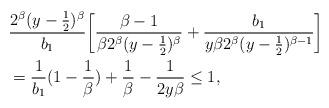
LaTeX: \begin{align*} &\frac{2^\beta ( y - \tfrac12 )^{\beta}}{b_1} \biggl[ \frac{\beta - 1}{\beta 2^\beta ( y - \tfrac12)^\beta} + \frac{b_1}{y\beta 2^{\beta} (y- \tfrac12)^{\beta - 1}} \biggr] \\ &= \frac{1}{b_1} ( 1 - \frac{1}{\beta} ) + \frac{1}{\beta} - \frac{1}{2y\beta} \le 1,\end{align*}